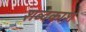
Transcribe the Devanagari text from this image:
शब्दकाश